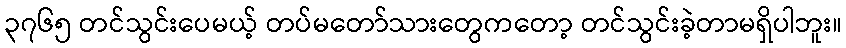
၃၇၆၅ တင်သွင်းပေမယ့် တပ်မတော်သားတွေကတော့ တင်သွင်းခဲ့တာမရှိပါဘူး။